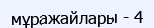
мұражайлары - 4